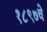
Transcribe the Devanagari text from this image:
१८९७चे